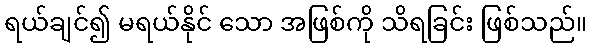
ရယ်ချင်၍ မရယ်နိုင် သော အဖြစ်ကို သိရခြင်း ဖြစ်သည်။